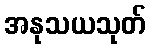
အနုသယသုတ်